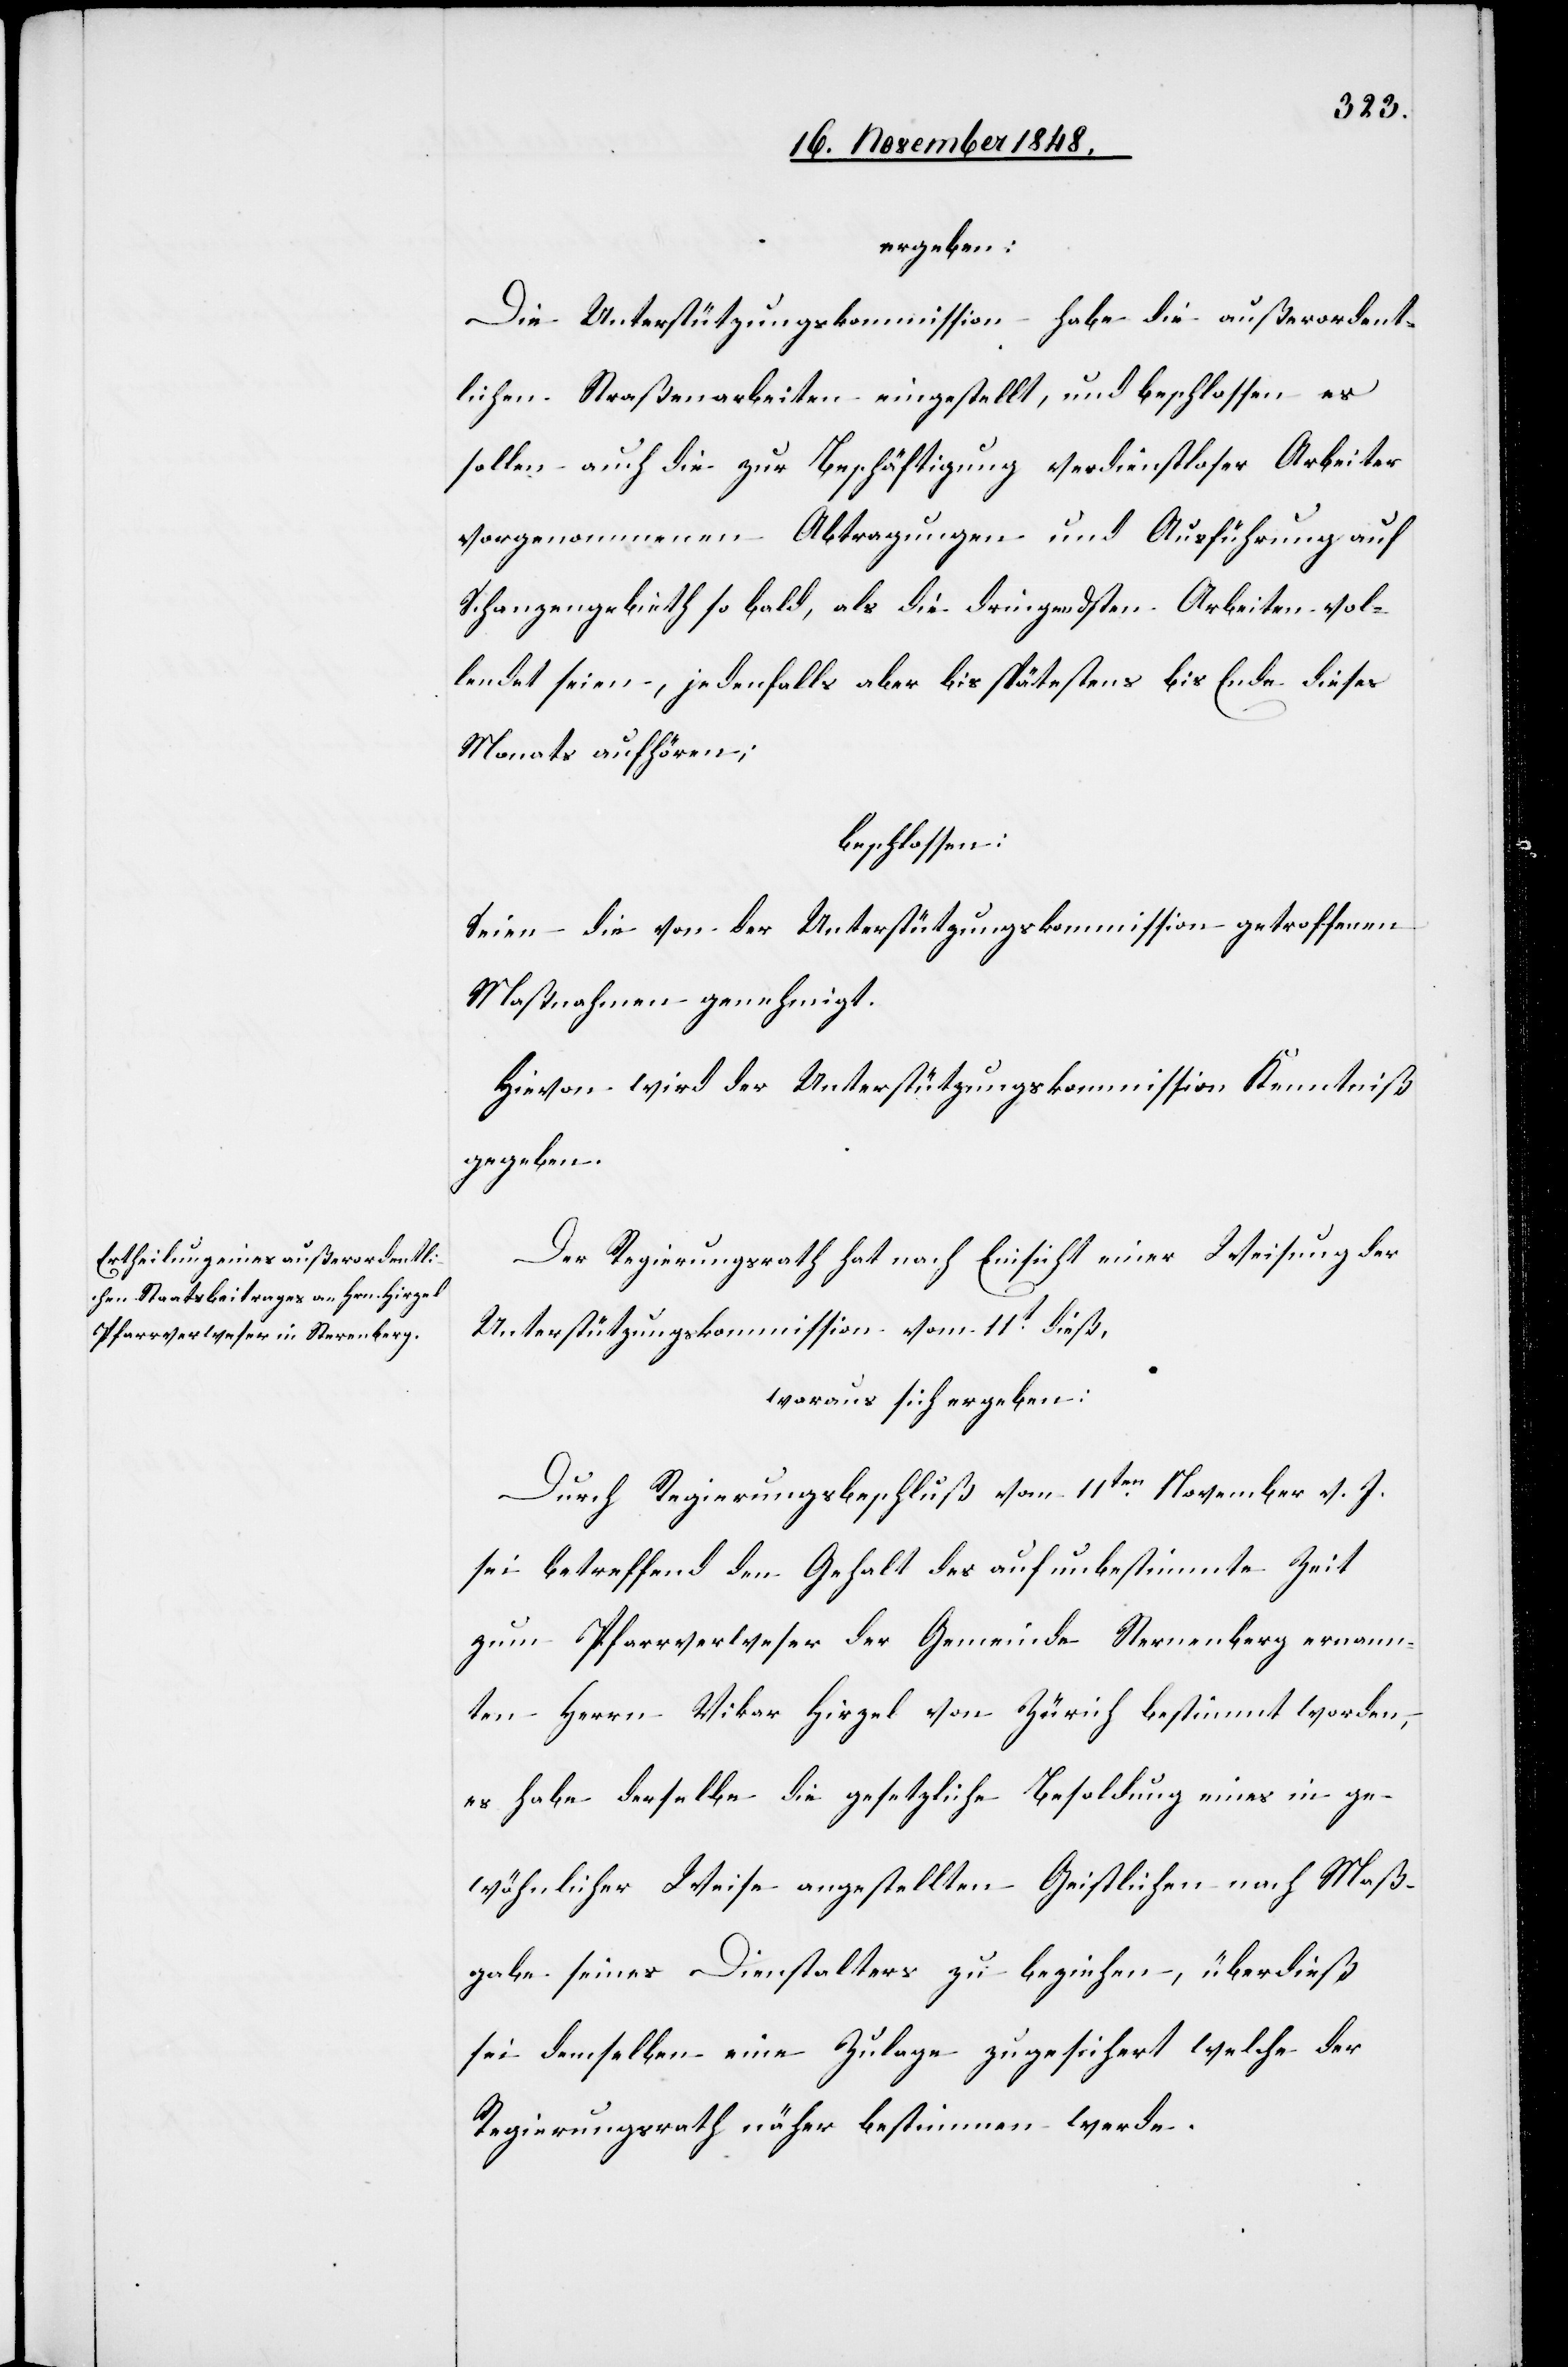
ergeben:
Die Unterstützungskommission habe die außerordent¬
lichen Straßenarbeiten eingestellt, und beschlossen es
sollen auch die zur Beschäftigung verdienstloser Arbeiter
vorgenommenen Abtragungen und Ausführung auf
Schanzengebieth so bald, als die dringendsten Arbeiten vol¬
lendet seien, jedenfalls aber bis spätestens bis Ende dieses
Monats aufhören;
beschlossen:
Seien die von der Unterstützungskommission getroffenen
Maßnahmen genehmigt.
Hievon wird der Unterstützungskommission Kenntniß
gegeben.
Der Regierungsrath hat nach Einsicht einer Weisung der
Unterstützungskommission vom 11t dieß,
woraus sich ergeben:
Durch Regierungsbeschluß vom 11ten November v. J.
sei betreffend den Gehalt des auf unbestimmte Zeit
zum Pfarrverweser der Gemeinde Sternenberg ernann¬
ten Herrn Vikar Hirzel von Zürich bestimmt worden,
es habe derselbe die gesetzliche Besoldung eines in ge¬
wöhnlicher Weise angestellten Geistlichen nach Maß¬
gabe seines Dienstalters zu beziehen, überdieß
sei demselben eine Zulage zugesichert welche der
Regierungsrath näher bestimmen werde.